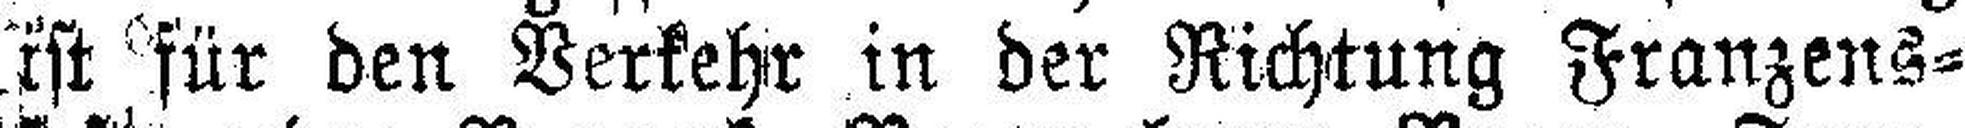
ist für den Verkehr in der Richtung Franzens¬